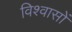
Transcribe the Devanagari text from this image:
विश्‍वासों